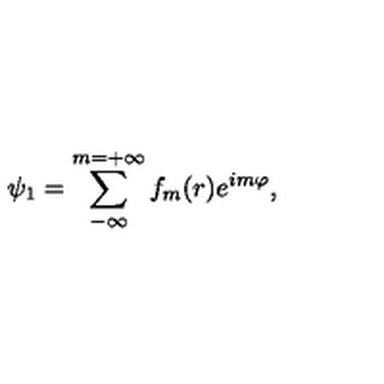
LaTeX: \psi _ { 1 } = \sum _ { - \infty } ^ { m = + \infty } f _ { m } ( r ) e ^ { i m \varphi } ,